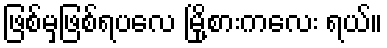
ဖြစ်မှဖြစ်ရပလေ မြို့စားကလေး ရယ်။